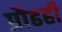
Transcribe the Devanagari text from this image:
प्रौढही